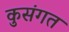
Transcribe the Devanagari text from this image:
कुसंगत